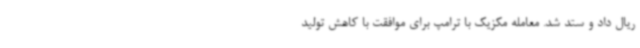
ریال داد و ستد شد. معامله مکزیک با ترامپ برای موافقت با کاهش تولید